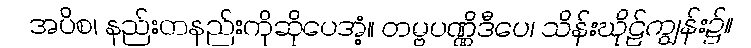
အပိစ၊ နည်းတနည်းကိုဆိုပေအံ့။ တမ္ဗပဏ္ဏိဒီပေ၊ သိန်းဃိုဠ်ကျွန်း၌။